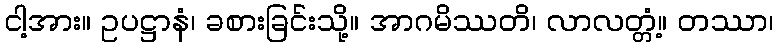
ငါ့အား။ ဥပဋ္ဌာနံ၊ ခစားခြင်းသို့။ အာဂမိဿတိ၊ လာလတ္တံ့။ တဿာ၊